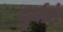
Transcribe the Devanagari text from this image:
दुर्दातं